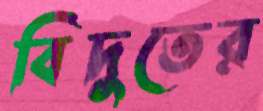
বিদুতের